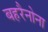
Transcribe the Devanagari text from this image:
बहरैनोना